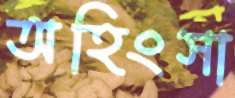
অহিংসা